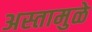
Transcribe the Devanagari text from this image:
अस्तामुळे